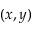
( x , y )